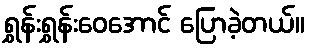
ရွှန်းရွှန်းဝေအောင် ပြောခဲ့တယ်။